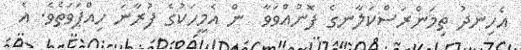
އެހިނދު ތިމަންރަސްކަލާނގެ ފޮނުއްވަވާ  ން އެމީހަކުގެ ފުރާނަ ހިއްޕަވަތެވެ. އެ